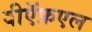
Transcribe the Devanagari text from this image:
वीऍफ़एल